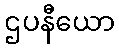
ဌပနီယော